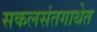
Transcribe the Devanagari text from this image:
सकलसंतगाथेत